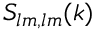
S _ { l m , l m } ( k )